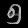
Digit: ၅